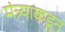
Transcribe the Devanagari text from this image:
मंत्र्याकडून